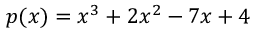
p ( x ) = x ^ { 3 } + 2 x ^ { 2 } - 7 x + 4